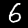
Label: 6